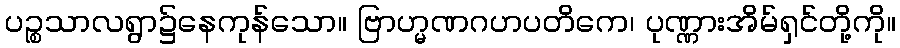
ပဉ္စသာလရွာ၌နေကုန်သော။ ဗြာဟ္မဏဂဟပတိကေ၊ ပုဏ္ဏားအိမ်ရှင်တို့ကို။